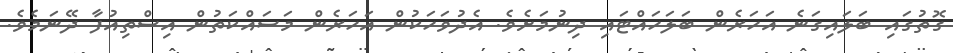
ގޮތުގައި ބަލައިގަނެ އަހަރެން ބަލަހައްޓައި ދިނުމަށެވެ. އެދުވަހަކުން އަހަރެން މަސައްކަތުން އިސްތިއުފާ ދޭނަމެވެ.